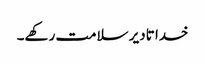
خدا تادیر سلامت رکھے۔